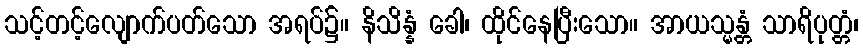
သင့်တင့်လျောက်ပတ်သော အရပ်၌။ နိသိန္နံ ခေါ၊ ထိုင်နေပြီးသော။ အာယသ္မန္တံ သာရိပုတ္တံ၊